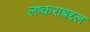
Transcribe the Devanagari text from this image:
लष्कराबद्दल